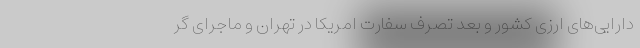
دارایی‌های ارزی کشور و بعد تصرف سفارت امریکا در تهران و ماجرای گر